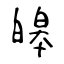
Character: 皞